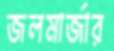
জলমার্জার